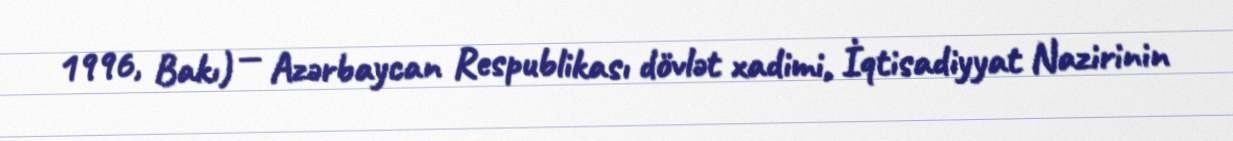
1996, Bakı) — Azərbaycan Respublikası dövlət xadimi, İqtisadiyyat Nazirinin